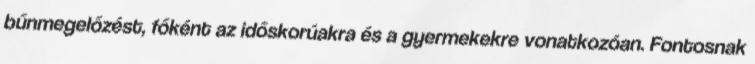
bűnmegelőzést, főként az időskorúakra és a gyermekekre vonatkozóan. Fontosnak